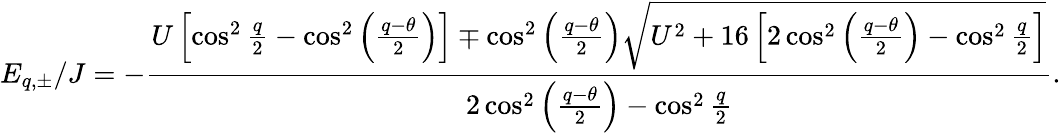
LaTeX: E_{q,\pm}/J=-\frac{U\left[\cos^{2}\frac{q}{2}-\cos^{2}\left(\frac{q-\theta}{2}\right)\right]\mp\cos^{2}\left(\frac{q-\theta}{2}\right)\sqrt{U^{2}+16\left[2\cos^{2}\left(\frac{q-\theta}{2}\right)-\cos^{2}\frac{q}{2}\right]}}{2\cos^{2}\left(\frac{q-\theta}{2}\right)-\cos^{2}\frac{q}{2}}.